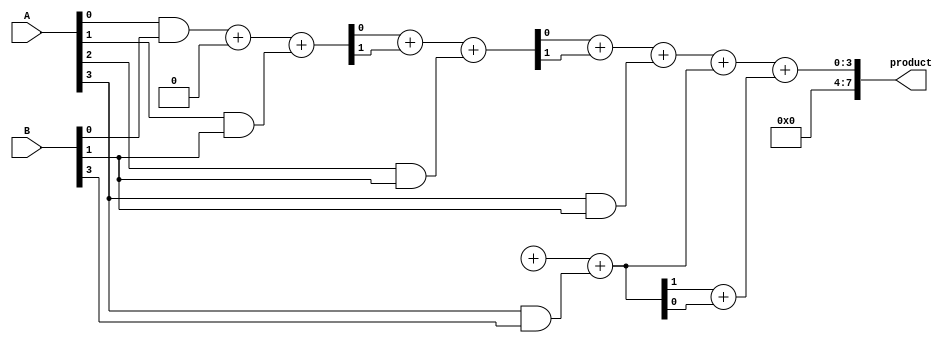
module WallaceTreeMultiplier #(parameter n = 4) (
    input [n-1:0] A,
    input [n-1:0] B,
    output reg [2*n-1:0] product
);

    // Partial product generation
    wire [n-1:0] pp [n-1:0]; // Partial products
    genvar i, j;
    generate
        for (i = 0; i < n; i = i + 1) begin : partial_product
            for (j = 0; j < n; j = j + 1) begin : and_gate
                assign pp[i][j] = A[j] & B[i];
            end
        end
    endgenerate

    // Carry-Save Adder (CSA) structure
    wire [n-1:0] sum [n-1:0];
    wire [n-1:0] carry [n-1:0];

    // Initialize the first level of CSA
    generate
        for (i = 0; i < n; i = i + 1) begin : CSA_level_0
            assign sum[0][i] = pp[i][0];
            assign carry[0][i] = 0; // No carry for the first level
        end
    endgenerate

    // CSA tree reduction
    genvar level;
    for (level = 0; level < n-1; level = level + 1) begin : CSA_tree
        for (i = 0; i < (n + 1) / 2; i = i + 1) begin : CSA_reduction
            if (i * 2 + 1 < n) begin
                // Combine three bits: sum, carry, and the next partial product
                assign {carry[level + 1][i], sum[level + 1][i]} = sum[level][i * 2] + carry[level][i * 2] + pp[i * 2 + 1][level + 1];
            end else if (i * 2 < n) begin
                // Last element, only two inputs
                assign {carry[level + 1][i], sum[level + 1][i]} = sum[level][i * 2] + carry[level][i * 2];
            end
        end
    end

    // Final addition stage
    wire [2*n-1:0] final_sum;
    wire [2*n-1:0] final_carry;

    assign final_sum = {carry[n-1][0], sum[n-1][0]} + {carry[n-1][1], sum[n-1][1]};
    assign final_carry = {1'b0, carry[n-1][1]} + {1'b0, sum[n-1][1]};

    always @(*) begin
        product = final_sum + final_carry;
    end

endmodule